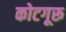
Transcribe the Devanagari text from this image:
कोटगूरू